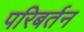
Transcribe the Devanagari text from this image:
परिबर्तन